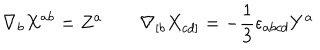
\nabla _ { b } X ^ { a b } = Z ^ { a } \qquad \nabla _ { [ b } X _ { c d ] } = - \frac { 1 } { 3 } \epsilon _ { a b c d } Y ^ { a }